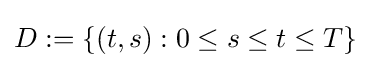
D:=\{(t,s):0\leq s\leq t\leq T\}